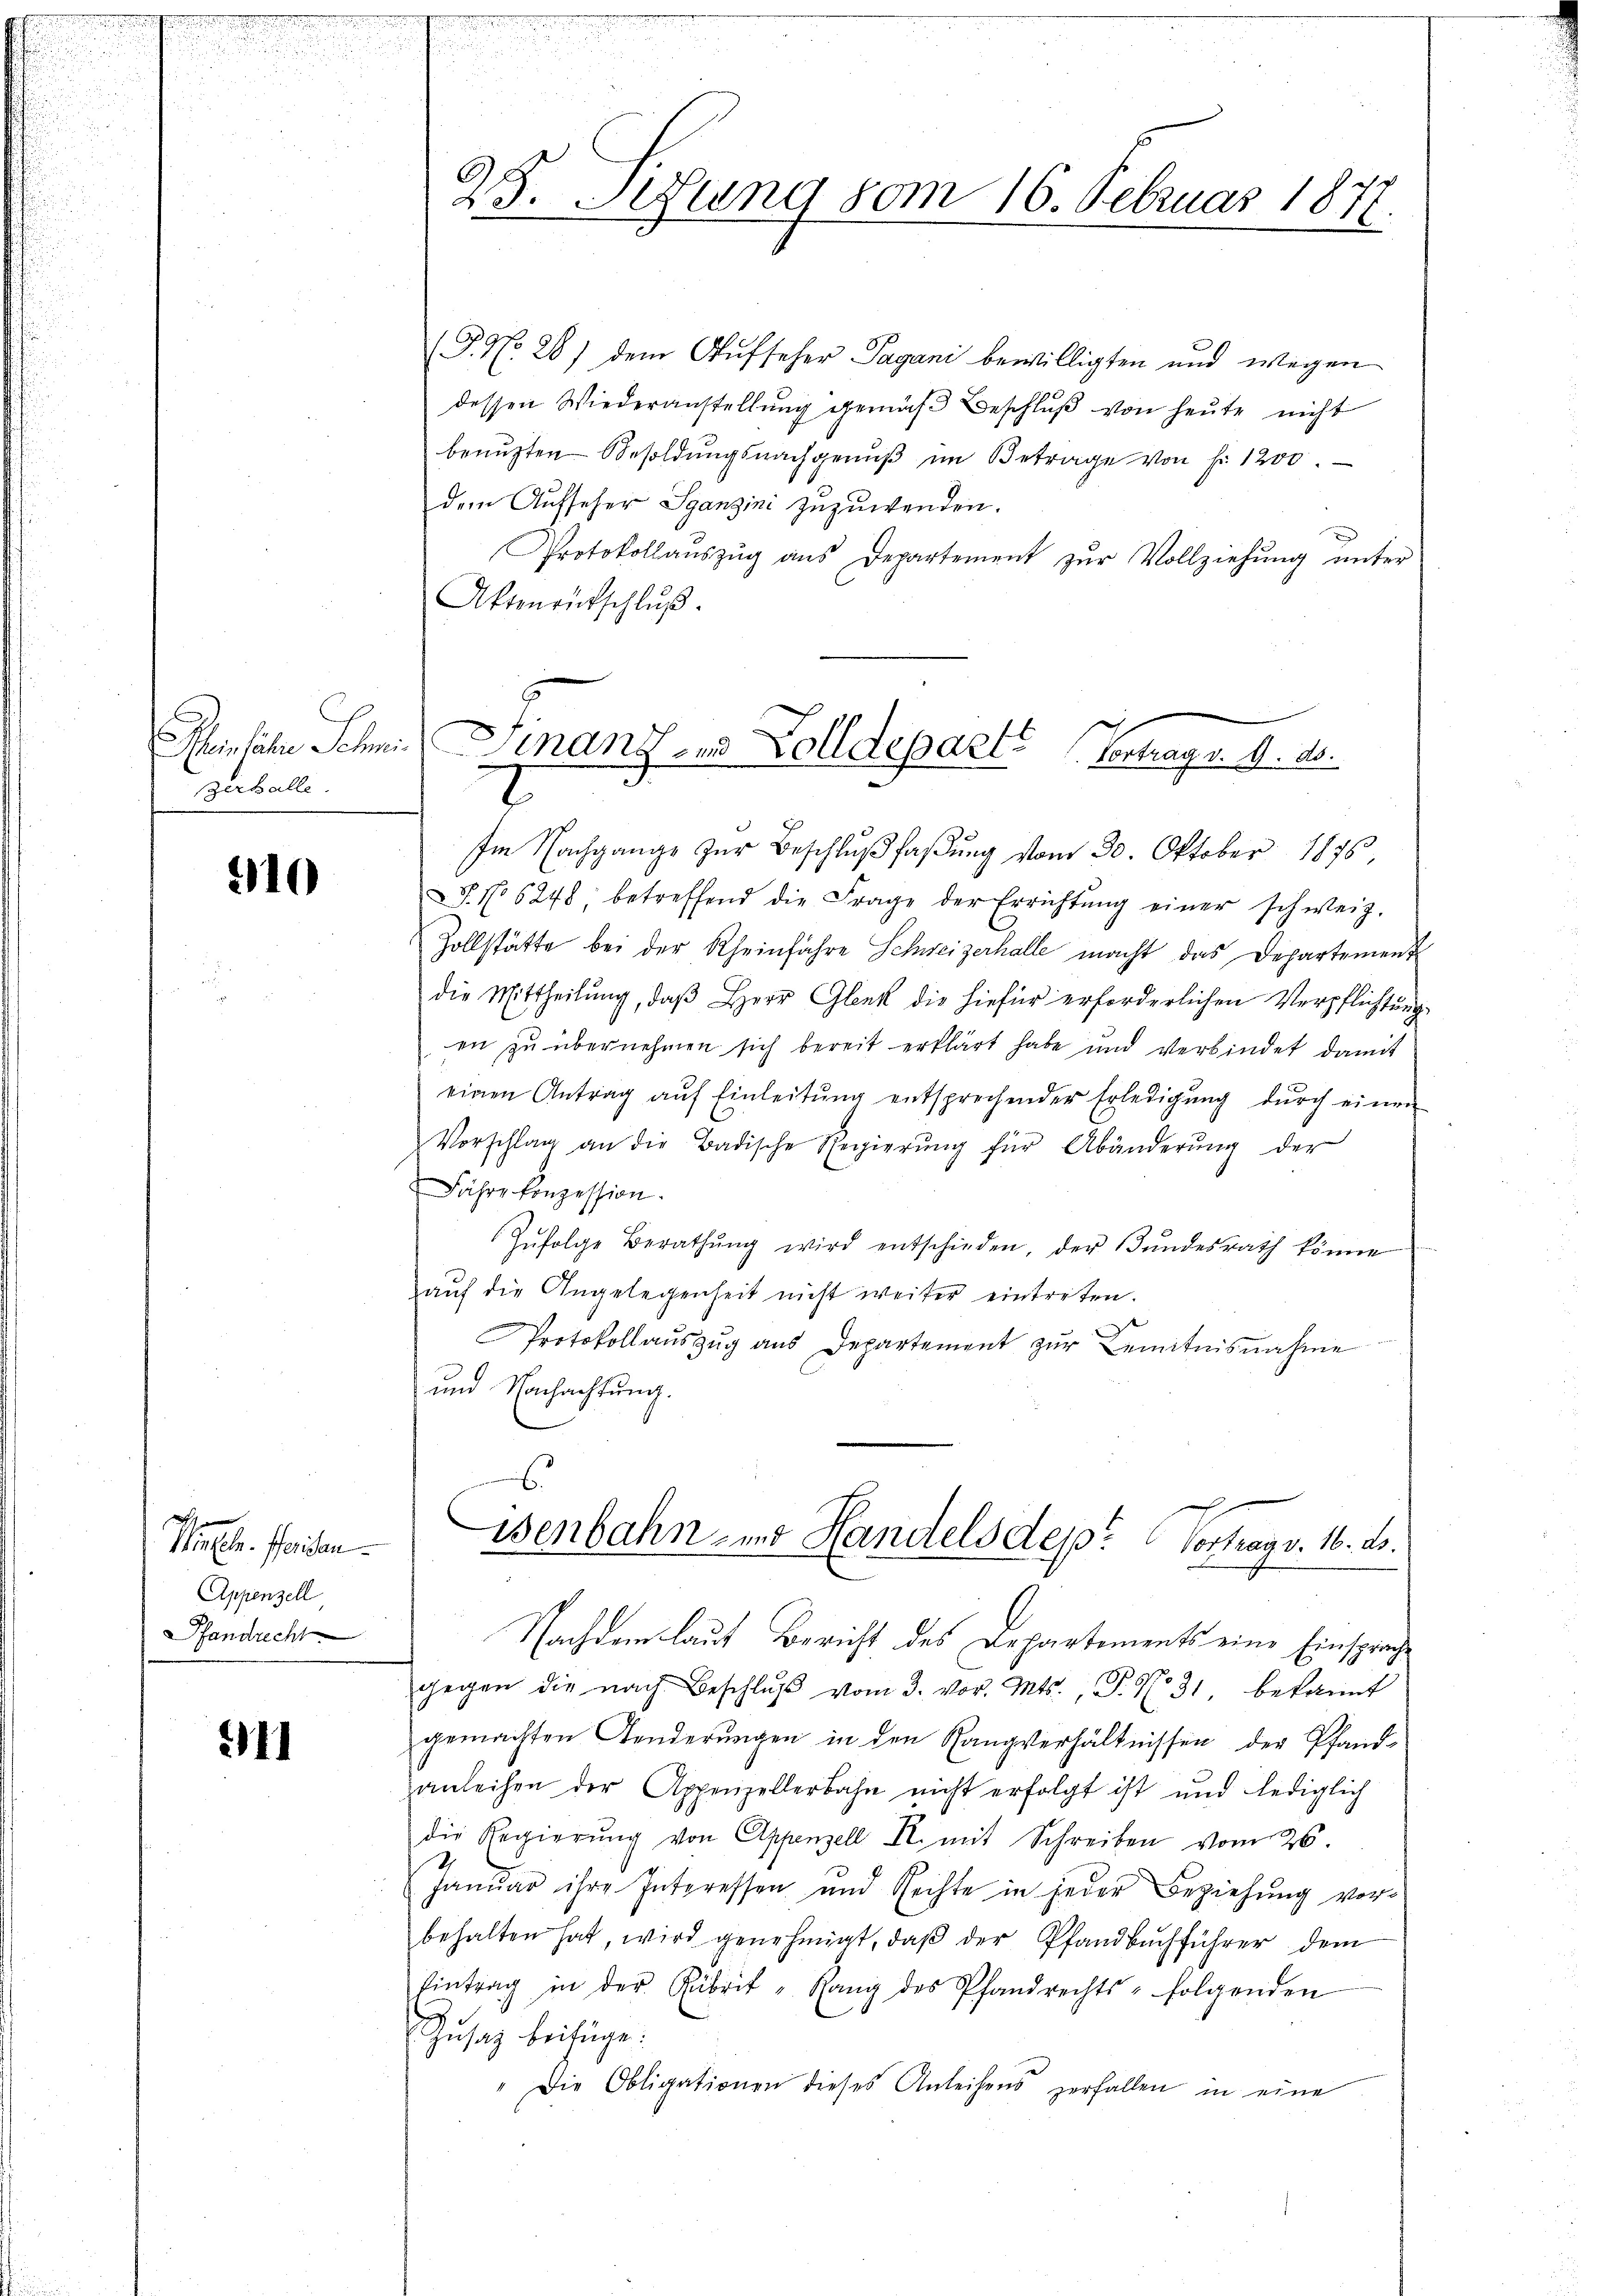
einhalter Sch
zerhalle

210

Hinzeln. Pferisan
Appenzell
Pfandrecht

11

25. Jung vom 16. Februar 1878.

(G. No 28) dem Aufseher Pagani bewilligten und wegen
dessen Wiederanstellung gemäß Beschluß von heute nicht
benuzten Besoldŭngsnachgenŭβ im Betrage von Fr. 1200.
dem Aufseher Spanzini zuzuwenden.
Protokollaŭszŭg ans Departement zŭr Vollziehŭng ŭnter
Aktenrückschluß.

Finanzen Zolldeparte (Vortrags. v. 2.
t

Im Nachgange zur Beschlußfaßung vom 30. Oktober 1876,
S. N 6248 betreffend die Frage der Errichtŭng einer schweiz.
Zollstätte bei der Rheinfahre Schweizerhalle macht das Departement
die Mittheilung, daß Herr Gleek die hiefür erforderlichen Verpflichtung
en zu übernehmen sich bereit erklärt habe und verbindet damit
einen Antrag aŭf Einleitŭng entsprechender Erledigŭng dŭrch einen
Vorschlag an die Badische Regierŭng für Abänderŭng der
Fähre konzession.
Zŭfolge Berathŭng wird entschieden, der Bŭndesrath könne
aŭf die Angelegenheit nicht weiter eintreten.
Protokoll aŭszŭg aŭs Departement zŭr Kenntnisnahme
und Nachachtung.
6
isenbahn- und Handelsdep: Vortrag v. 16. ds.
Nachdem laut Bericht des Departements eine Einsprache
gegen die nach Beschlŭβ vom 3. vor. Mts. P. No. 31, bekannt
gemachten Aenderungen in den Rangverhältnissen der Pfand-
anleihen der Appenzellerbahn nicht erfolgt ist und lediglich
die Regierŭng von Appenzell T. mit Schreiben vom 26.
Januar ihre Interessen und Rechte in jeder Beziehung vorbehalten hat wird genehmigt, daβ der Pfandbuchführer dem
Eintrag in der Rubrik „Rang des Pfandrechts- folgenden
Zusatz beifüge.
Die Obligationen dieses Anleihens zerfallen in eine